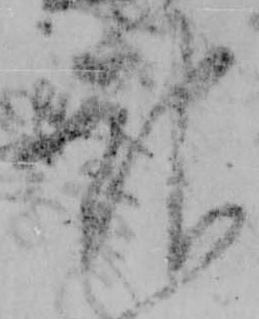
報